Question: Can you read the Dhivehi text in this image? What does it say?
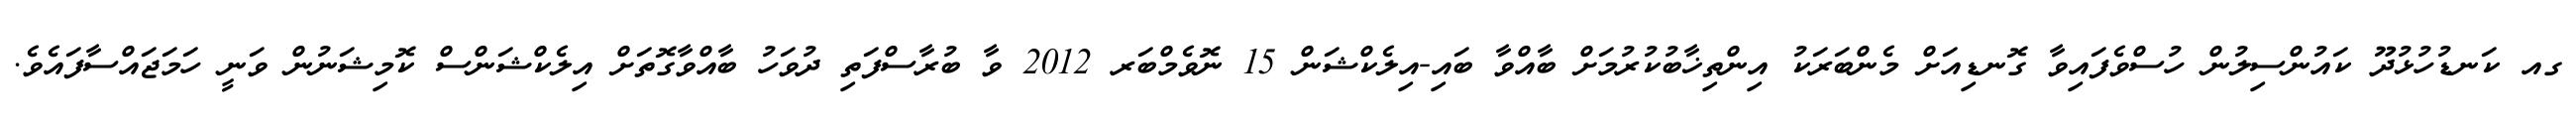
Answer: ގއ ކަނޑުހުޅުދޫ ކައުންސިލުން ހުސްވެފައިވާ ގޮނޑިއަށް މެންބަރަކު އިންތިޚާބުކުރުމަށް ބާއްވާ ބައި-އިލެކްޝަން 15 ނޮވެމްބަރ 2012 ވާ ބުރާސްފަތި ދުވަހު ބާއްވާގޮތަށް އިލެކްޝަންސް ކޮމިޝަނުން ވަނީ ހަމަޖައްސާފައެވެ.